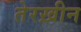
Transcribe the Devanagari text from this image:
तेरख़ीन